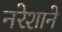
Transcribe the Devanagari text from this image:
नरेशाने